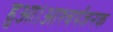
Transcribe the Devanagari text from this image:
हुआ।आश्चर्यजनक